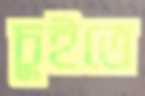
চুইতে